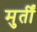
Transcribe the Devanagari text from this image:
मुर्तीं